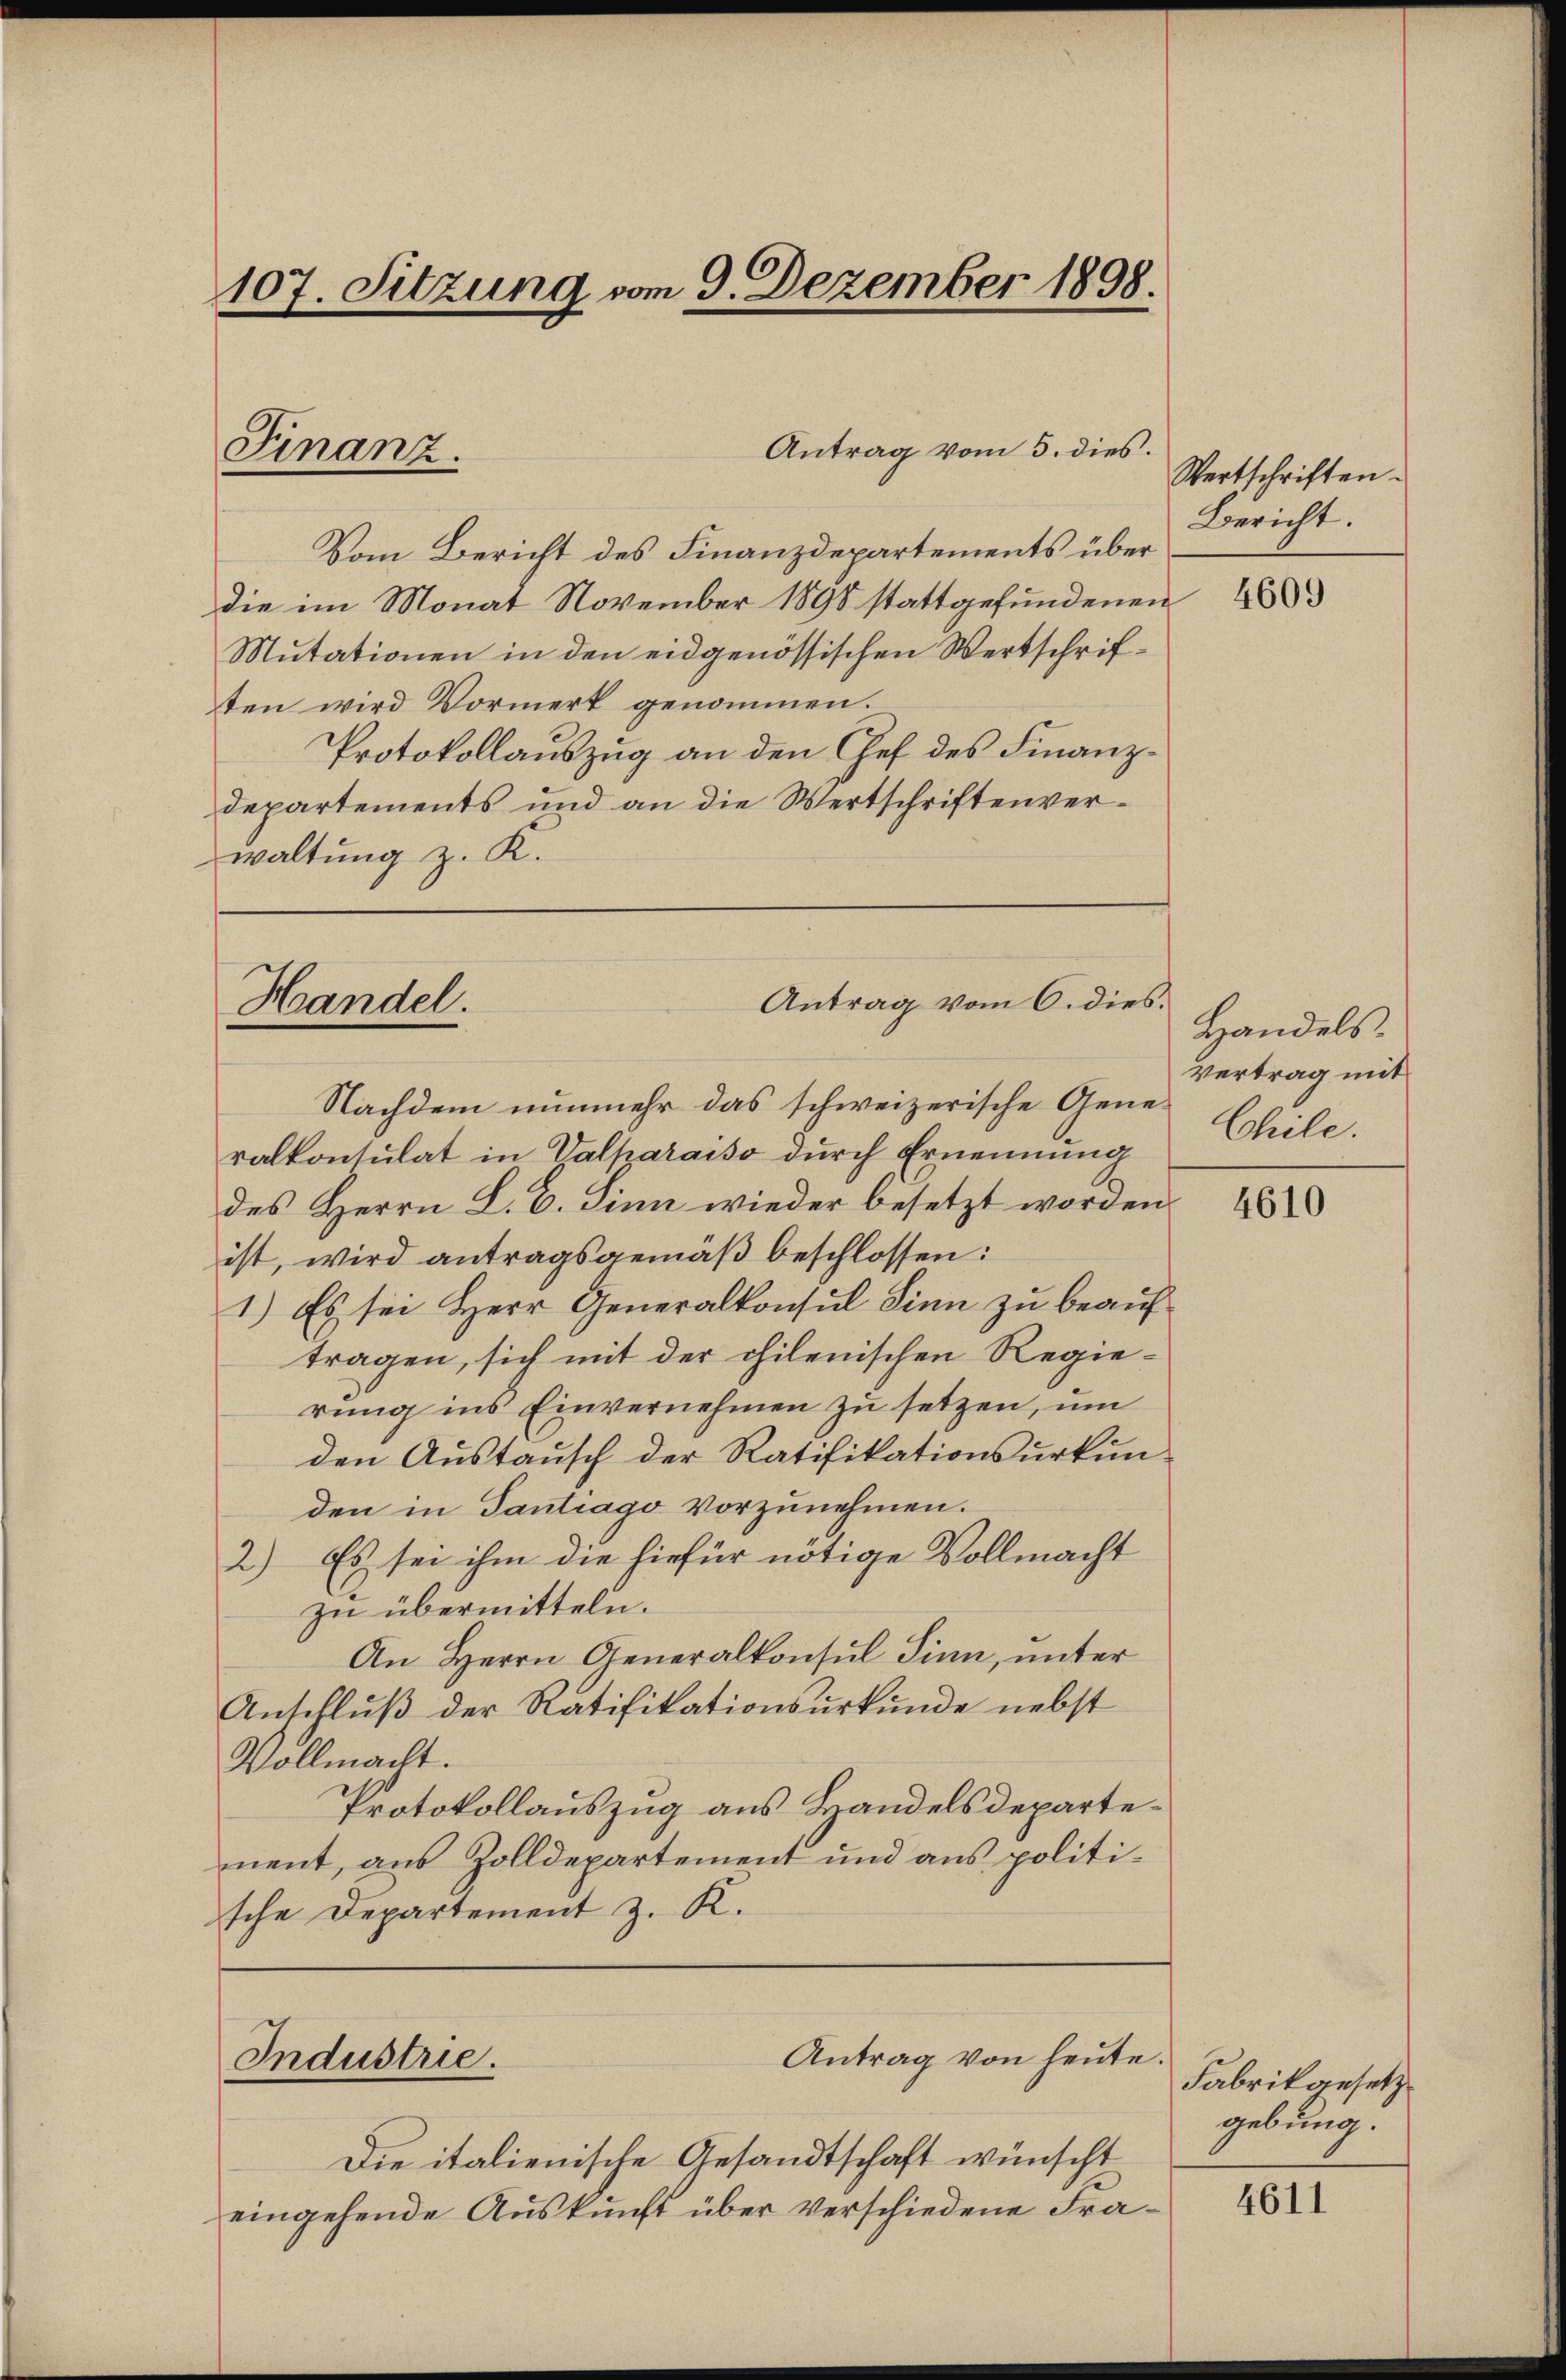
107. Sitzung vom 9. Dezember 1898.

Vom Bericht des Finanzdepartements über
die im Monat November 1898 stattgefundenen
Mutationen in den eidgenössischen Wertschriften wird Vormerk genommen.
Protokollauszug an den Chef des Finanzdepartements und an die Wertschriftenverwaltung z. K.

Finanz.

Antrag vom 6. dies.
Handel.

Nachdem nunmehr das schweizerische Gene-
ralkonsulat in Valparaiso durch Ernennung
des Herrn L. C. Sinn wieder besetzt worden.
ist, wird antragsgemäß beschlossen:
1.) Es sei Herr Generalkonsul Sinn zu beauftragen, sich mit der chilenischen Regie-
rung ins Einvernehmen zu setzen, um
den Austausch der Ratifikationsurkun-
den in Tantrago vorzunehmen.
2.) Es sei ihm die hiefür nötige Vollmacht
zu übermitteln.
An Herrn Generalkonsul Sinn, unter
Anschluß der Ratifikationsurkunde nebst
Vollmacht.
Protokollauszug aus Handelsdepartement, aus Zolldepartement und aus politische Departement z. K.

Industrie

Die italienische Gesandtschaft wünscht
eingehende Auskunft über verschiedene Fra¬

Antrag vom 5. dies.

Antrag von heute.

Wertschriften.
Bericht.

4609

Handels.
Vertrag mit
Chile.

4610

Fabrikgesetz
gebung.

4611